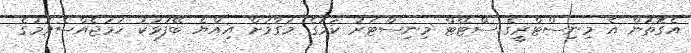
އެގޮތުން އެ މިނިސްޓްރީގެ ސްޓޭޓް މިނިސްޓަރު ކަމުގެ މަގާމަށް އިއްޔެ ބޭފުޅަކު ހަމަޖެއްސެވުމުގެ